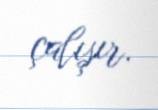
çalışır.